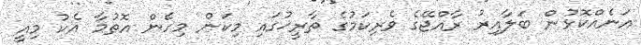
އަނެއްކޮޅުން ބަލާއިރު ރާއްޖޭގެ ވެރިކަމުގެ ތާރީޚުގައި މިކަން މިހެން އޮތުމާ އެކު މިއީ